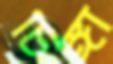
চিঙ্গা